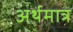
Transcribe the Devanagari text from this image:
अर्थमात्र